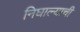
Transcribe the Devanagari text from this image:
निघाल्याची